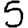
Digit: 5